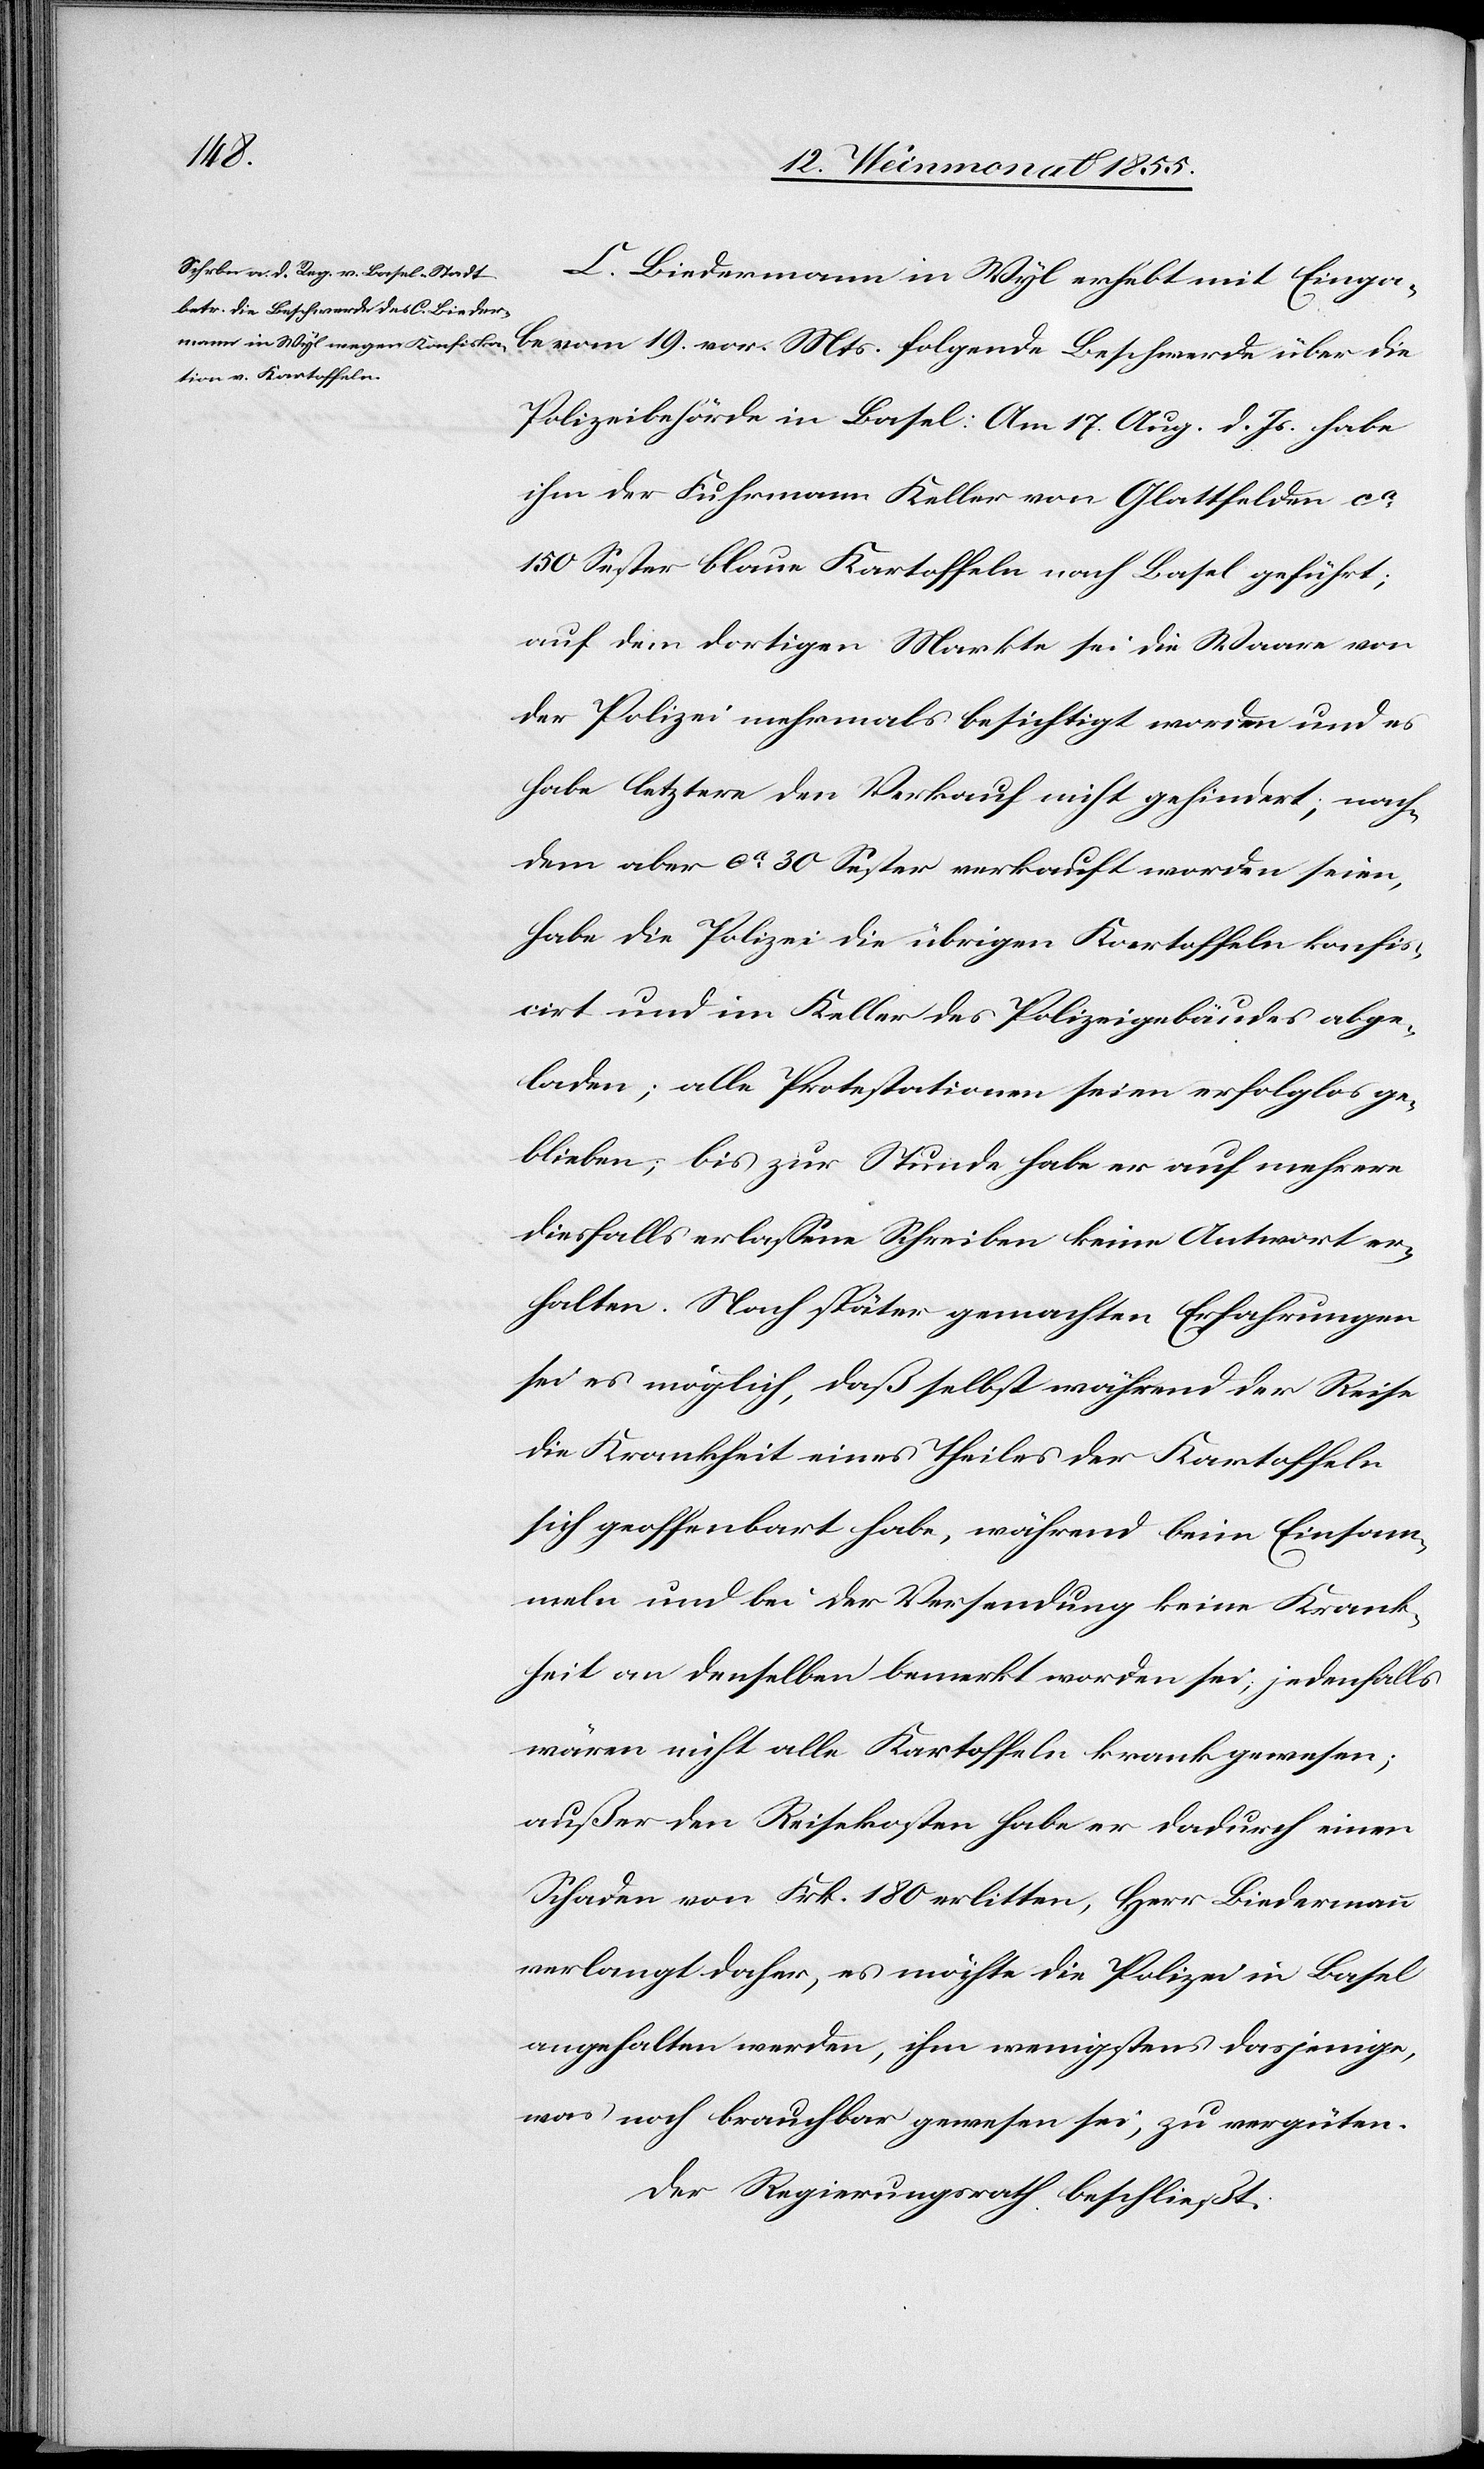
C. Biedermann in Wyl erhebt mit Einga¬
be vom 19. vor. Mts. folgende Beschwerde über die
Polizeibehörde in Basel: Am 17. Aug. d. Js. habe
ihm der Fuhrmann Keller von Glattfelden ca
150 Sester blaue Kartoffeln nach Basel geführt;
auf dem dortigen Markte sei die Waare von
der Polizei mehrmals besichtigt worden und es
habe letztere den Verkauf nicht gehindert; nach¬
dem aber ca 30 Sester verkauft worden seien,
habe die Polizei die übrigen Kartoffeln konfis¬
cirt und im Keller des Polizeigebäudes abge¬
laden; alle Protestationen seien erfolglos ge¬
blieben; bis zur Stunde habe er auf mehrere
diesfalls erlassene Schreiben keine Antwort er¬
halten. Nach später gemachten Erfahrungen
sei es möglich, daß selbst während der Reise
die Krankheit eines Theiles der Kartoffeln
sich geoffenbart habe, während beim Einsam¬
meln und bei der Versendung keine Krank¬
heit an denselben bemerkt worden sei, jedenfalls
wären nicht alle Kartoffeln krank gewesen;
außer den Reisekosten habe er dadurch einen
Schaden von Frk. 180 erlitten, Herr Biedermann
verlangt daher, es möchte die Polizei in Basel
angehalten werden, ihm wenigstens dasjenige,
was noch brauchbar gewesen sei, zu vergüten.
Der Regierungsrath beschließt: